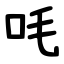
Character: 㕰